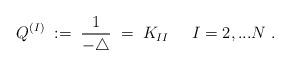
LaTeX: \begin{align*}Q^{(I)} \; := \; \frac{1}{-\triangle} \; = \; K_{I I} \; \;\; \; \; I = 2, ...N \; .\end{align*}